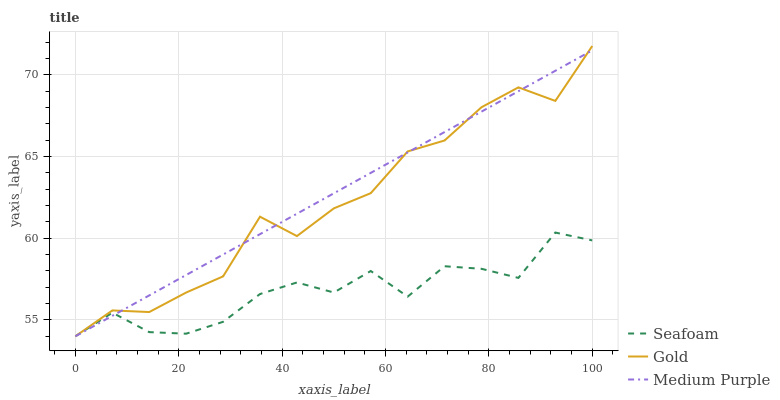
| xaxis_label | Seafoam | Gold | Medium Purple |
 | --- | --- | --- | --- |
 | 0 | 54 | 54 | 54 |
 | 7.14 | 55.4 | 55.6 | 55.2 |
 | 14.3 | 54.3 | 55.5 | 56.5 |
 | 21.4 | 54.2 | 56.7 | 57.7 |
 | 28.6 | 54.9 | 57.7 | 59 |
 | 35.7 | 56.6 | 61.3 | 60.2 |
 | 42.9 | 57.3 | 60.1 | 61.5 |
 | 50 | 56.7 | 61.8 | 62.7 |
 | 57.1 | 58 | 62.8 | 64 |
 | 64.3 | 56.4 | 65.3 | 65.2 |
 | 71.4 | 58.3 | 66 | 66.5 |
 | 78.6 | 58.1 | 68 | 67.7 |
 | 85.7 | 57.6 | 69.2 | 69 |
 | 92.9 | 60.3 | 68.4 | 70.2 |
 | 100 | 59.9 | 71.8 | 71.5 |